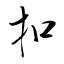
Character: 扣